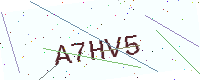
Text: A7HV5